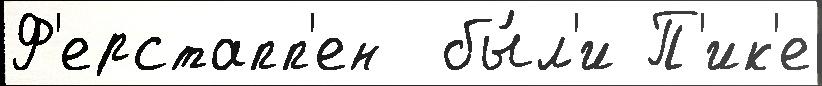
Ф'ерстапп'ен  бы́л'и П'ик'е